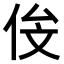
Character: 𬾄